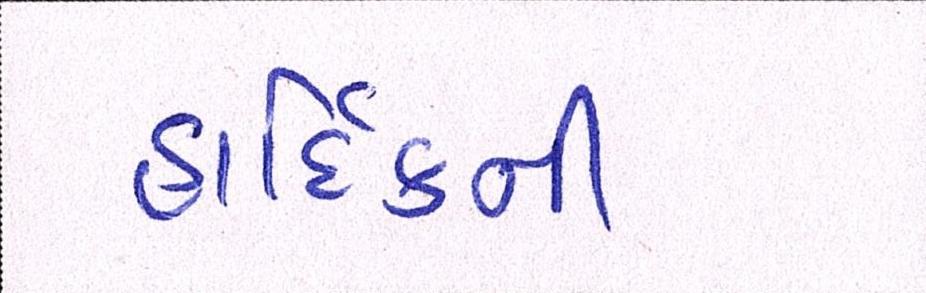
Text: હાદિર્કની